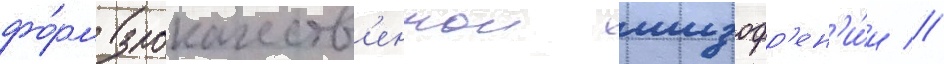
фо́рм злокачеств'еннои шизофр'ен'и́и //